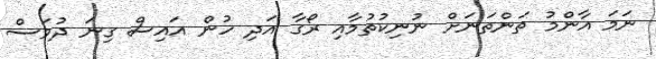
ނަމަ އާންމު ތަންތަނަށް ނުނިކުތުމާއި ރޯގާ އަދި ހުން އައިސް ގިނަ ދުވަސް